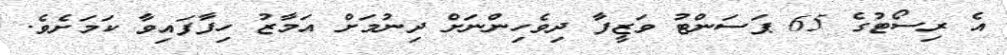
އެ ރިސޯޓުގެ 65 ޕަސަންޓު ވަޒީފާ ދިވެހިންނަށް ދިނުމަށް އަމާޒު ހިފާފައިވާ ކަމަށެވެ.